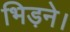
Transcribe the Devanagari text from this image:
भिड़ने।